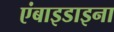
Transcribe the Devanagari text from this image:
एंबाइडाइना